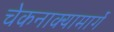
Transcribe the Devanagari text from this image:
चेकनाक्यामार्गे